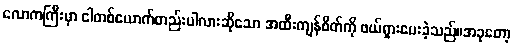
လောကကြီးမှာ ငါတစ်ယောက်တည်းပါလားဆိုသော အထီးကျန်စိတ်ကို ဖယ်ရှားပေးခဲ့သည်။အခုတော့